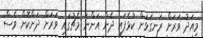
މިއަދު ވަރަށް ރަނގަޅަށް ކުޅެފައި ދެން އަންނަ މެޗުގައި ވަރަށް ދަށްކޮށް ވެސް